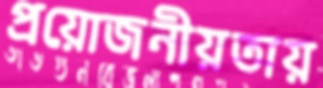
প্রয়োজনীয়তায়